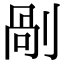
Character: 剮